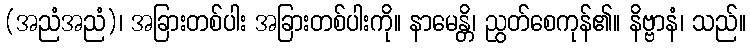
(အညံအညံ)၊ အခြားတစ်ပါး အခြားတစ်ပါးကို။ နာမေန္တိ၊ ညွတ်စေကုန်၏။ နိဗ္ဗာနံ၊ သည်။